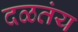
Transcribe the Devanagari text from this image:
दळतंय